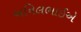
અનિલભાઈએ